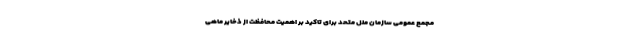
مجمع عمومی سازمان ملل متحد برای تاکید بر اهمیت محافظت از ذخایر ماهی